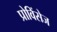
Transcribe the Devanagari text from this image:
प्रोविंसेज